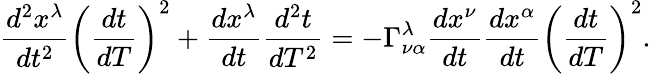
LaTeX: {\frac{d^{2}x^{\lambda}}{dt^{2}}}\left({\frac{dt}{dT}}\right)^{2}+{\frac{dx^{\lambda}}{dt}}{\frac{d^{2}t}{dT^{2}}}=-\Gamma_{\nu\alpha}^{\lambda}{\frac{dx^{\nu}}{dt}}{\frac{dx^{\alpha}}{dt}}\left({\frac{dt}{dT}}\right)^{2}.